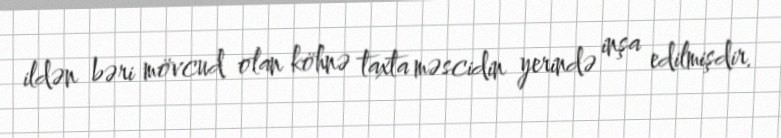
ildən bəri mövcud olan köhnə taxta məscidin yerində inşa edilmişdir.